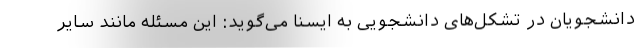
دانشجویان در تشکل‌های دانشجویی به ایسنا می‌گوید: این مسئله مانند سایر